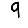
Digit: 9